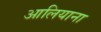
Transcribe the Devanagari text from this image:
आलियाना